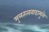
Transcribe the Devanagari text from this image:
मुलतत्ववादामुळे